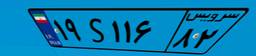
۹۸S۴۶۶۱۱